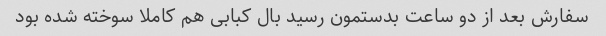
سفارش بعد از دو ساعت بدستمون رسید بال کبابی هم کاملا سوخته شده بود